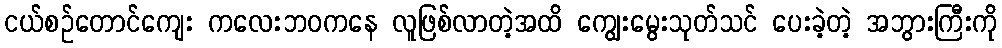
ငယ်စဉ်တောင်ကျေး ကလေးဘဝကနေ လူဖြစ်လာတဲ့အထိ ကျွေးမွေးသုတ်သင် ပေးခဲ့တဲ့ အဘွားကြီးကို